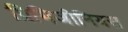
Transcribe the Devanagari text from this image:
प्रिमिजीनियस